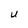
Character: U